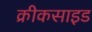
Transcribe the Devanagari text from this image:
क्रीकसाइड